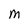
Character: M